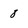
Character: 8